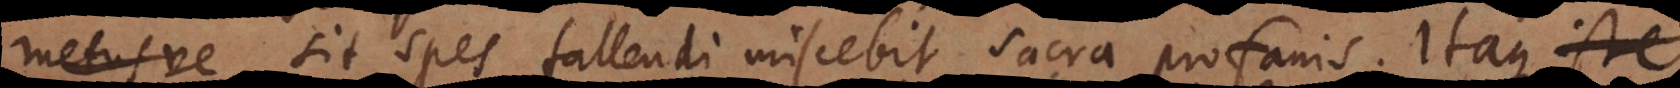
metusve sit spes fallendi miscebit sacra profanis. Itaque iste,